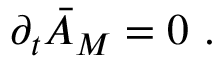
{ \partial } _ { t } \bar { \cal { A } } _ { M } = 0 \ .